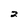
Character: 2